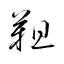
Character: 靼